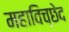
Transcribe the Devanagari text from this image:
महाविच्छेद